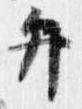
弁